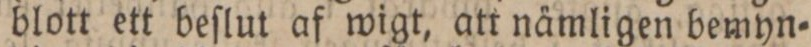
blott ett beſlut af wigt, att nämligen bemyn=